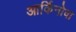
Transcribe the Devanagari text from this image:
आर्किनोवा